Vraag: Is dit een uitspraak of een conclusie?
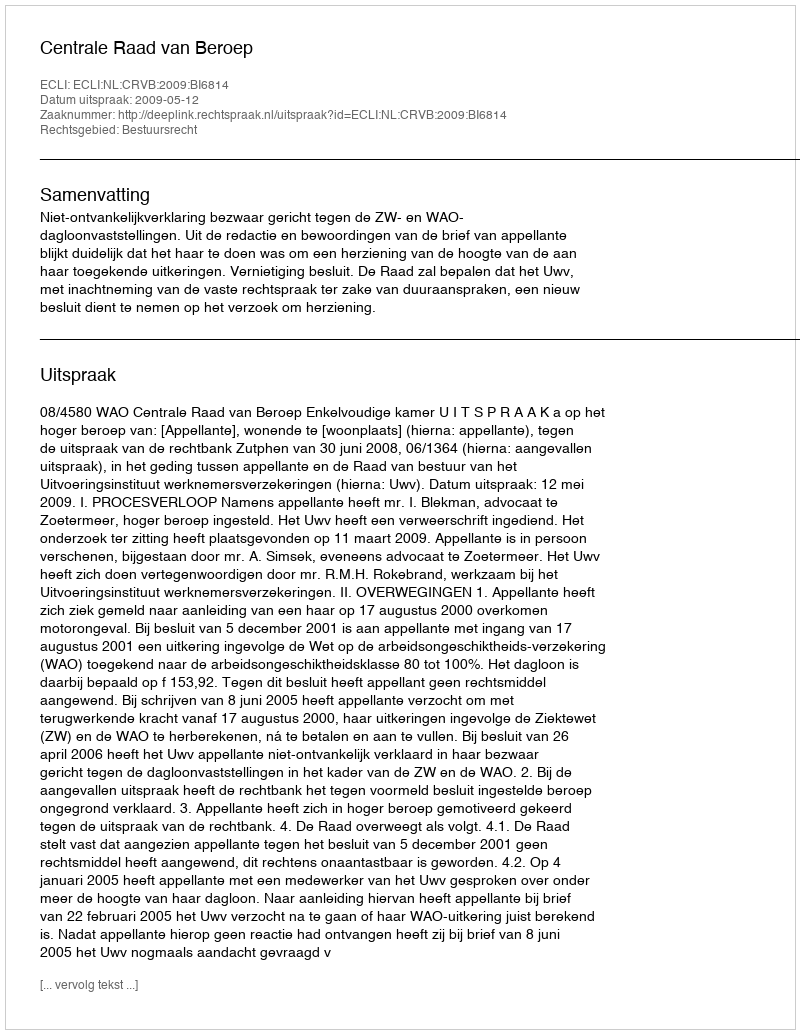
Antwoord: Uitspraak